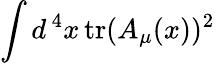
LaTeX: \int d^{\, 4}x\, \mathrm{tr}(A_{\mu}(x))^{2}